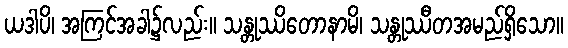
ယဒါပိ၊ အကြင်အခါ၌လည်း။ သန္တုဿိတောနာမိ၊ သန္တုဿီတအမည်ရှိသော။